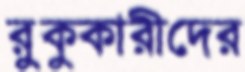
রুকুকারীদের